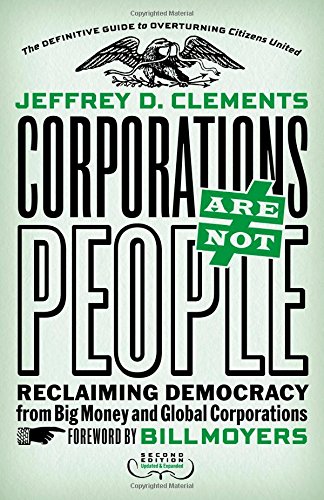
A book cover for Corporations Are Not People: Reclaiming Democracy from Big Money and Global Corporations; Jeffrey D. Clements; Business & Money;